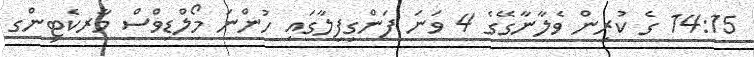
14:15 ގެ ކުރިން ވެލާނާގޭގެ 4 ވަނަ ފަންގިފިލާގައި ހުންނަ މޯލްޑިވްސް މާރކެޓިންގ